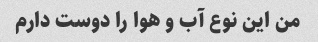
من این نوع آب و هوا را دوست دارم